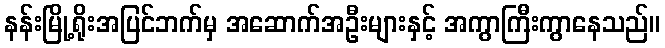
နန်းမြို့ရိုးအပြင်ဘက်မှ အဆောက်အဦးများနှင့် အကွာကြီးကွာနေသည်။